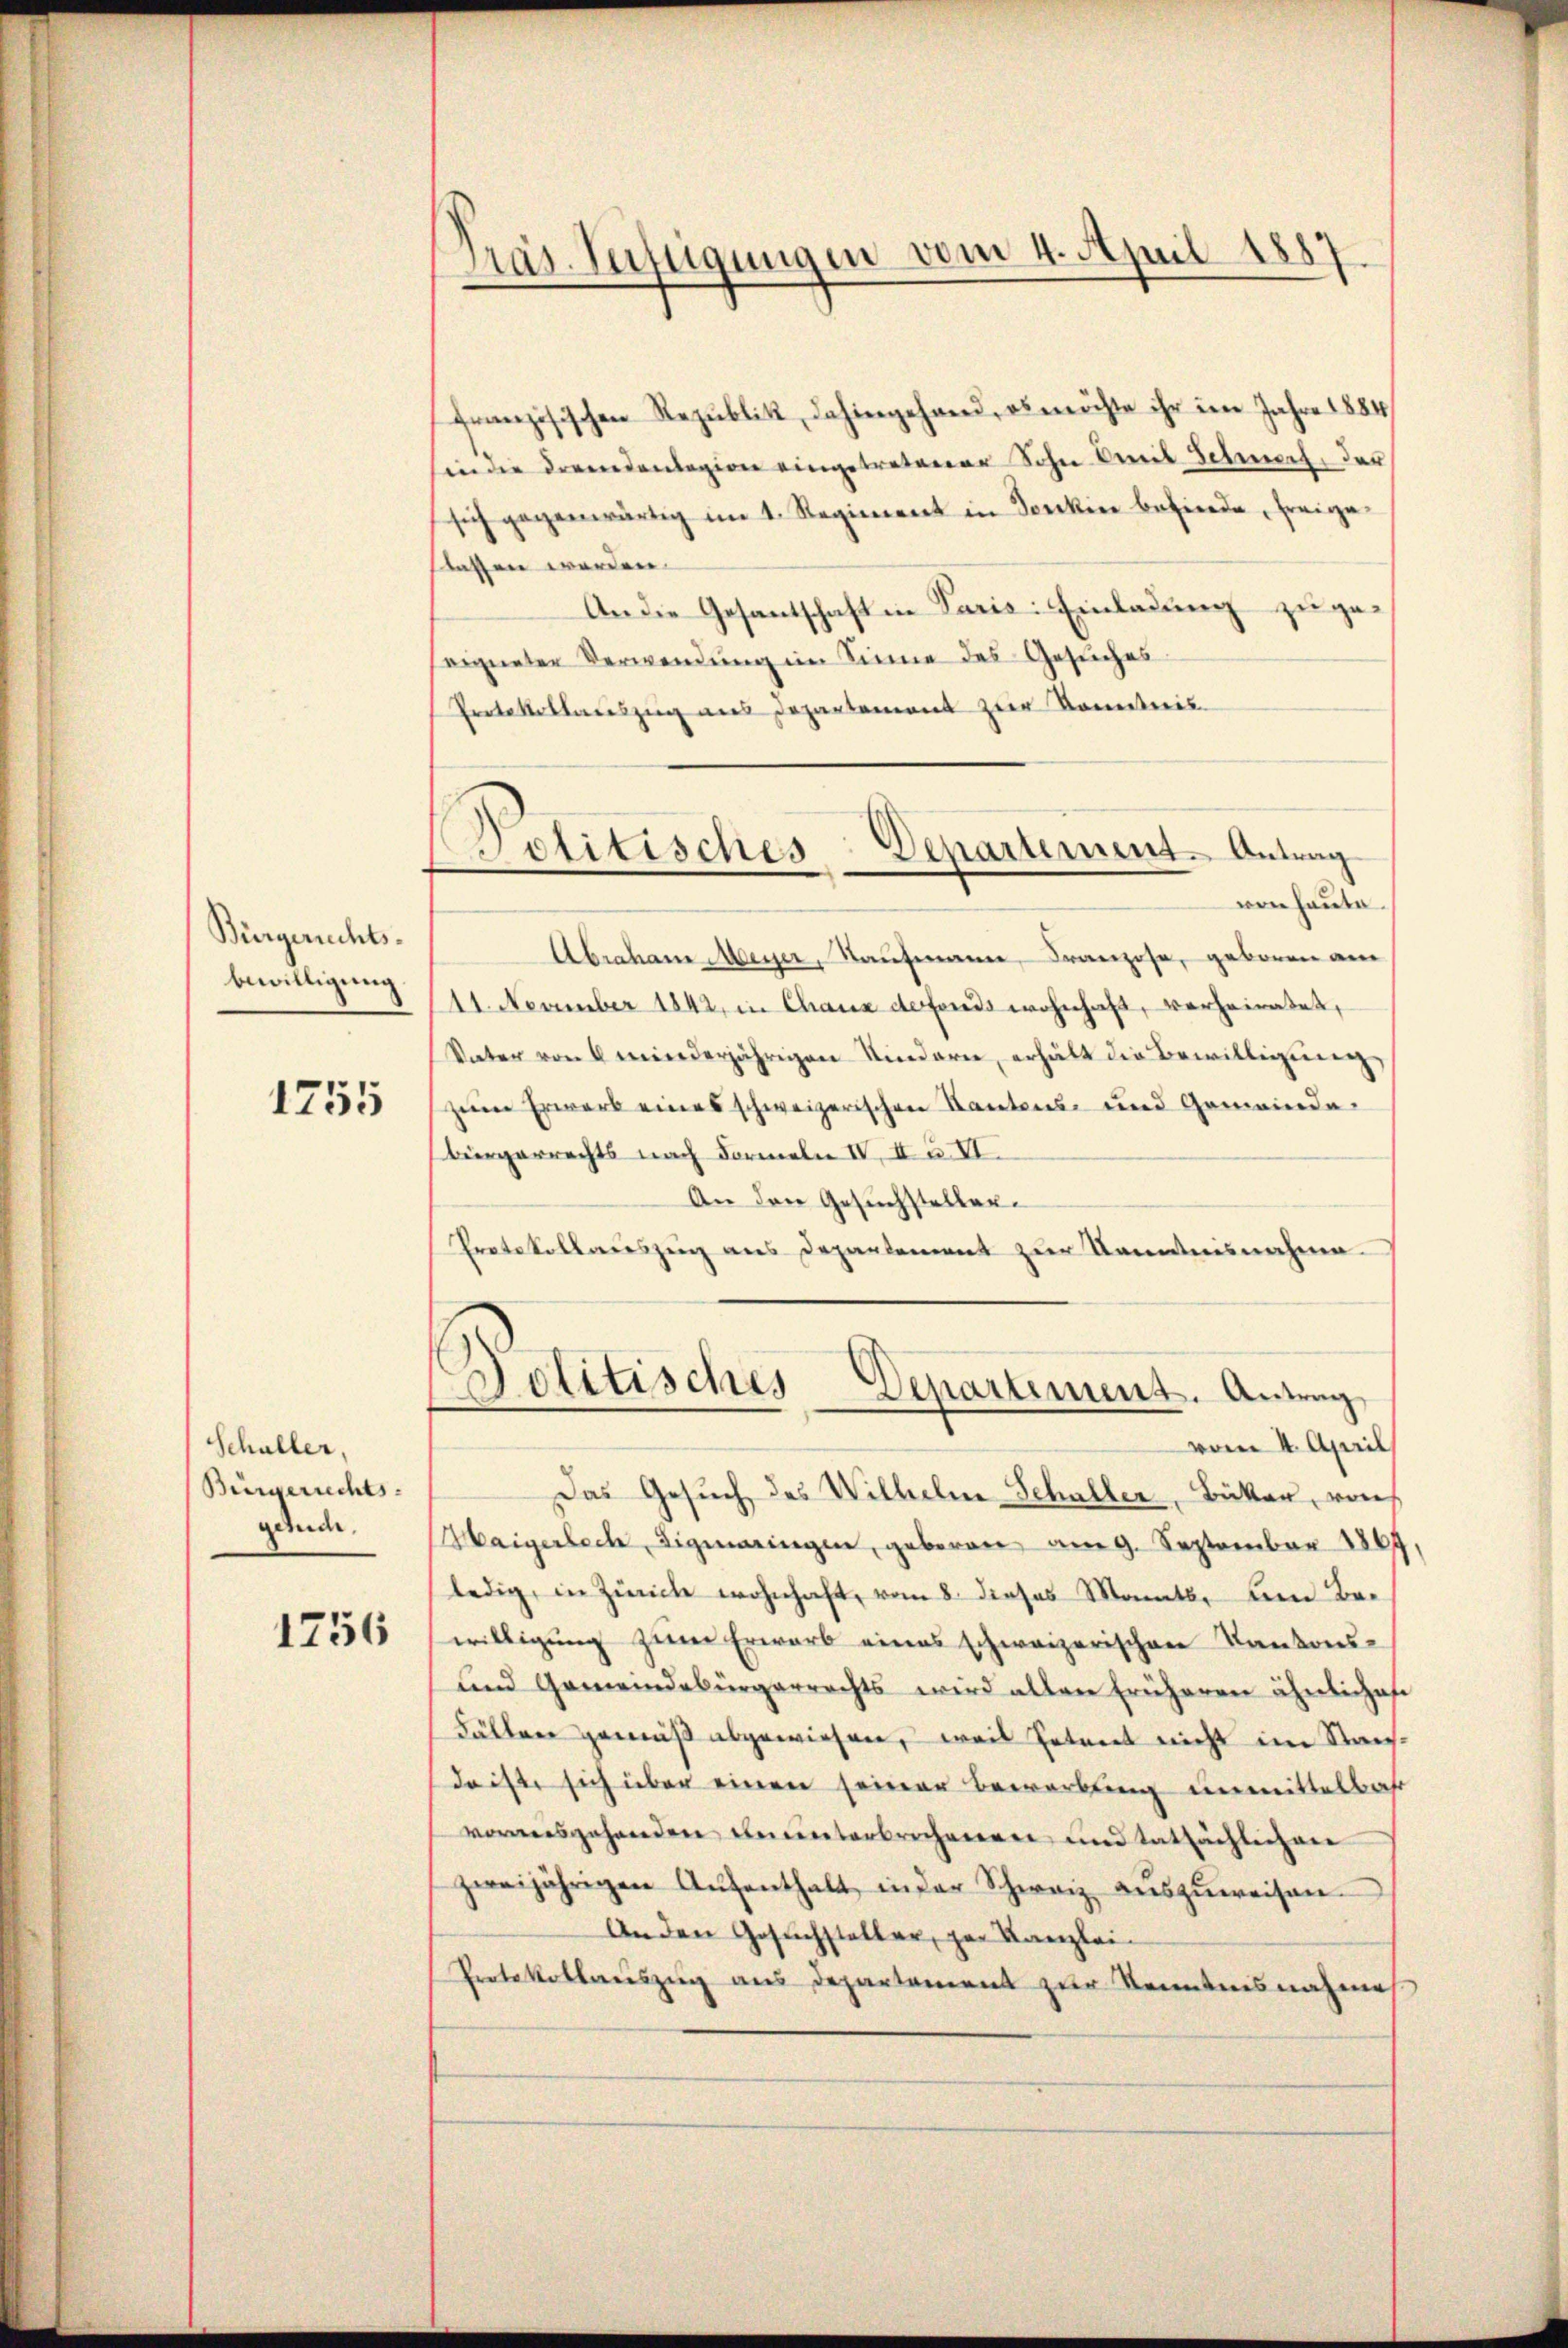
Bürgerrechts-
bewilligung

1755

Schuller,
Bürgerrechts-
geude,

1756

Präs. Verfügungen vom 4. April 1887

französischen Republik, dahingehand, es möchte ihr im Jahre 1884
in die Fremdenlagion eingetretener Sohn mit Schwach, der
sich gegenwärtig im 1. Regiment in Sonkin befinde, freige-
lassen werden.
An die Gesantschaft in Paris: Einladung zugeseigneter Verwendŭng im Sinne des Gesŭches
Protokollauszug aus Departement zur Kenntnis
von heute.
Abraham Meyer, Kaufmann, Franzose, geboren am
11. November 1842, in Chaux defonds wohnhaft, verheiratet,
Vater von 6 minderjährigen Kindern, erhält die Bewilligung
zum Erwarb eines schweizerischen Kantons- und Gemeinde¬
Bürgerrechts nach Formeln IV. In VI
An den Gesuchsteller.
Protokollauszug aus Departement zur Kenntnisnahme
Politisches Departement. Antrag
vom 4. April
Das Gesuch des Wilhelm Schaller, Bäcker, von
Maigerlech, Sigmaringen, geboren am 9. September 1864
ledig, in Zürich wohnhaft, vom 8. dieses Monats, um Bewilligung zum Erwarb eines schweizerischen Kantons-
und Gemeindebürgerrechts wird allen früheren ähnliches
Fällen gemäß abgewiesen, weil Petent nicht im Nachdaiste sich über einen seiner Bewerbung unmittelbahr
vorausgehenden ununterbrechenen und tatsächlichen
zweijährigen Aŭfenthalt in der Schweiz aŭszŭweisen.
An den Gesuchsteller, par Kanzlei-
Protokollauszug aus Departement zur Kenntnisnahme

Politisches-Departement. Antrag